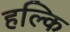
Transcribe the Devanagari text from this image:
हल्कि